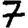
Digit: 7